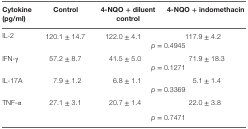
<table><thead><tr><td><b>Cytokine (pg/ml)</b></td><td><b>Control</b></td><td><b>4-NQO + diluent control</b></td><td><b>4-NQO + indomethacin</b></td></tr></thead><tbody><tr><td rowspan="2">IL-2</td><td rowspan="2">120.1 ± 14.7</td><td>122.0 ± 4.1</td><td>117.9 ± 4.2</td></tr><tr><td colspan="2"><i>p</i> = 0.4945</td></tr><tr><td rowspan="2">IFN-γ</td><td rowspan="2">57.2 ± 8.7</td><td>41.5 ± 5.0</td><td>71.9 ± 18.3</td></tr><tr><td colspan="2"><i>p</i> = 0.1271</td></tr><tr><td rowspan="2">IL-17A</td><td rowspan="2">7.9 ± 1.2</td><td>6.8 ± 1.1</td><td>5.1 ± 1.4</td></tr><tr><td colspan="2"><i>p</i> = 0.3369</td></tr><tr><td rowspan="2">TNF-α</td><td rowspan="2">27.1 ± 3.1</td><td>20.7 ± 1.4</td><td>22.0 ± 3.8</td></tr><tr><td colspan="2"><i>p</i> = 0.7471</td></tr></tbody></table>